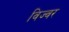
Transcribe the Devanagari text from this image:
विज्वर